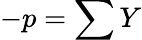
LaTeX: -p=\sum Y